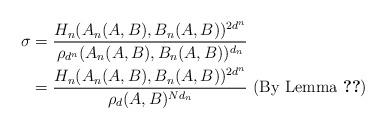
LaTeX: \begin{align*}\sigma &= \frac{H_n(A_n(A,B), B_n(A,B))^{2d^n}}{\rho_{d^n}(A_n(A,B), B_n(A,B))^{d_n}} \\&= \frac{H_n(A_n(A,B), B_n(A,B))^{2d^n}}{\rho_d(A,B)^{Nd_n}} \textrm{ (By Lemma \ref{resultant}}) \\\end{align*}